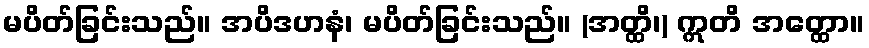
မပိတ်ခြင်းသည်။ အပိဒဟနံ၊ မပိတ်ခြင်းသည်။ (အတ္ထိ၊) ဣတိ အတ္ထော။